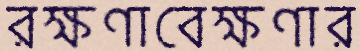
রক্ষণাবেক্ষণার